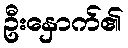
ဦးနှောက်၏